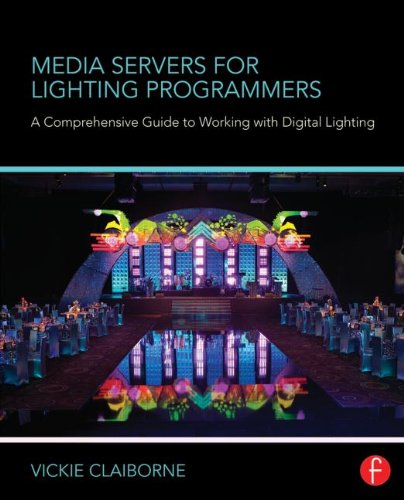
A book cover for Media Servers for Lighting Programmers: A Comprehensive Guide to Working with Digital Lighting; Vickie Claiborne; Humor & Entertainment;